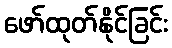
ဖော်ထုတ်နိုင်ခြင်း